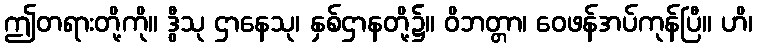
ဤတရားတို့ကို။ ဒွီသု ဌာနေသု၊ နှစ်ဌာနတို့၌။ ဝိဘတ္တာ၊ ဝေဖန်အပ်ကုန်ပြီ။ ဟိ၊